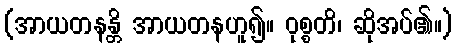
(အာယတနန္တိ အာယတနဟူ၍။ ဝုစ္စတိ၊ ဆိုအပ်၏။)